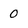
Character: 0